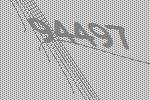
94497